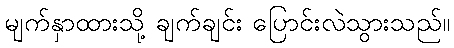
မျက်နှာထားသို့ ချက်ချင်း ပြောင်းလဲသွားသည်။